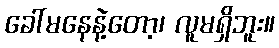
ခေါ်မနေနဲ့တော့၊ လူမရှိဘူး။